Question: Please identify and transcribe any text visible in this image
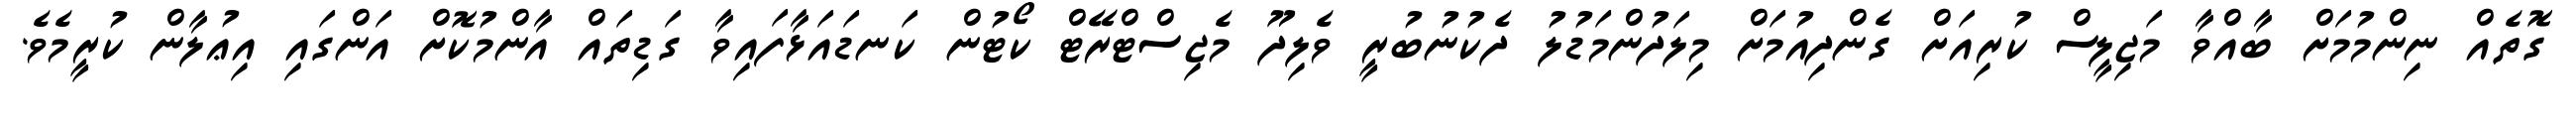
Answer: ގޮތެއް ނިންމުމަށް ބާއްވާ މަޖިލީސް ކުރިއަށް ގެންދިއުމަށް މިލަދުންމަޑުލު ދެކުނުބުރީ ވެލިދޫ މެޖިސްޓްރޭޓް ކޯޓުން ކަނޑައަޅާފައިވާ ގަޑިތައް އާންމުކޮށް އަންގައި އިޢުލާން ކުރީމެވެ.